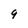
Character: 9